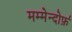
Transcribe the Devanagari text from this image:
मम्मेन्दोर्फ़